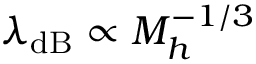
\lambda _ { \mathrm { d B } } \propto M _ { h } ^ { - 1 / 3 }